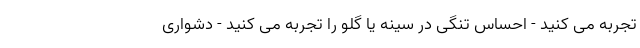
تجربه می کنید - احساس تنگی در سینه یا گلو را تجربه می کنید - دشواری